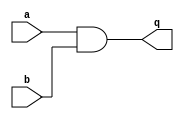
module top_module (
    input a,
    input b,
    output q
);

assign q = a & b;

endmodule